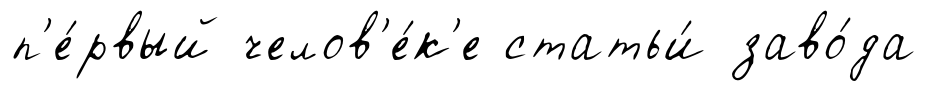
п'е́рвый челов'е́к'е статьи́ заво́да